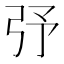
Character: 𢎻